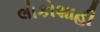
લોકોશાહી